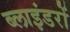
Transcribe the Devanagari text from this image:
ब्लाइंडरों